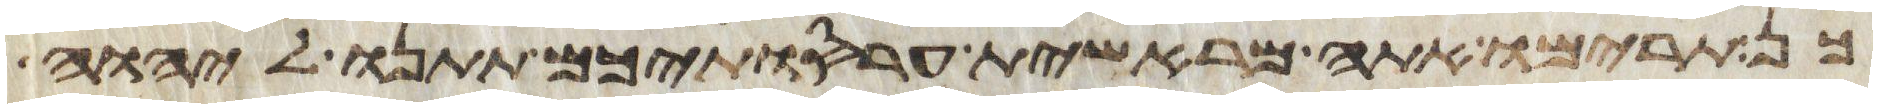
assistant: כן תרימו אתה מראשית עריסתיכם תתנו ליהוה